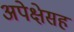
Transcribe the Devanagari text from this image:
अपेक्षेसह